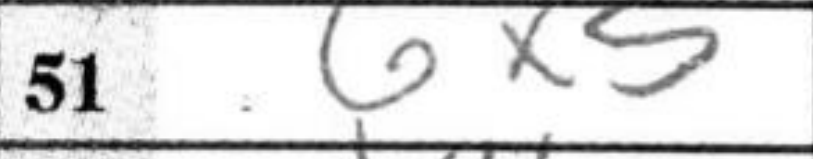
Transcription: gx5